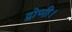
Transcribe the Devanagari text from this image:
द्रोणी।